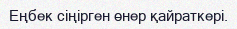
Еңбек сіңірген өнер қайраткері.